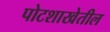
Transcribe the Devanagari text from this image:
पोटशाखेतील